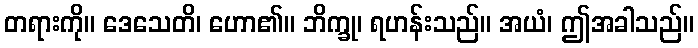
တရားကို။ ဒေသေတိ၊ ဟော၏။ ဘိက္ခု၊ ရဟန်းသည်။ အယံ၊ ဤအခါသည်။